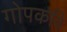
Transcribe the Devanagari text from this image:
गोपकवि